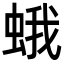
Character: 蛾